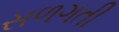
સળગતી